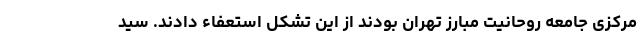
مرکزی جامعه روحانیت مبارز تهران بودند از این تشکل استعفاء دادند. سید